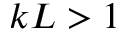
k L > 1